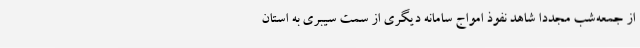
از جمعه‌شب مجدداً شاهد نفوذ امواج سامانه دیگری از سمت سیبری به استان